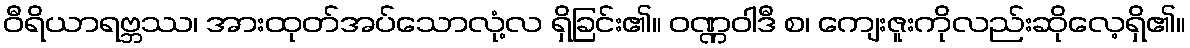
ဝီရိယာရဗ္ဘဿ၊ အားထုတ်အပ်သောလုံ့လ ရှိခြင်း၏။ ဝဏ္ဏဝါဒီ စ၊ ကျေးဇူးကိုလည်းဆိုလေ့ရှိ၏။